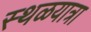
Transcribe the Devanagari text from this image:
स्थळयात्रा